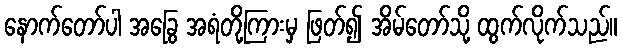
နောက်တော်ပါ အခြွေ အရံတို့ကြားမှ ဖြတ်၍ အိမ်တော်သို့ ထွက်လိုက်သည်။